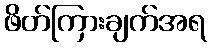
ဖိတ်ကြားချက်အရ